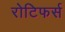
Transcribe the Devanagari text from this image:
रोटिफर्स